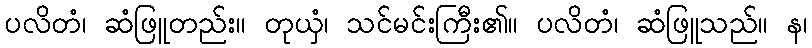
ပလိတံ၊ ဆံဖြူတည်း။ တုယှံ၊ သင်မင်းကြီး၏။ ပလိတံ၊ ဆံဖြူသည်။ န၊